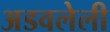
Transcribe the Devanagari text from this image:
अडवलेली